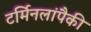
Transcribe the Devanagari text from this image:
टर्मिनलांपैकी